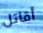
أقاتل